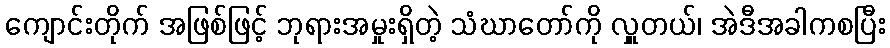
ကျောင်းတိုက် အဖြစ်ဖြင့် ဘုရားအမှုးရှိတဲ့ သံဃာတော်ကို လှူတယ်၊ အဲဒီအခါကစပြီး